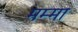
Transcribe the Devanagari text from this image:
मम्मा